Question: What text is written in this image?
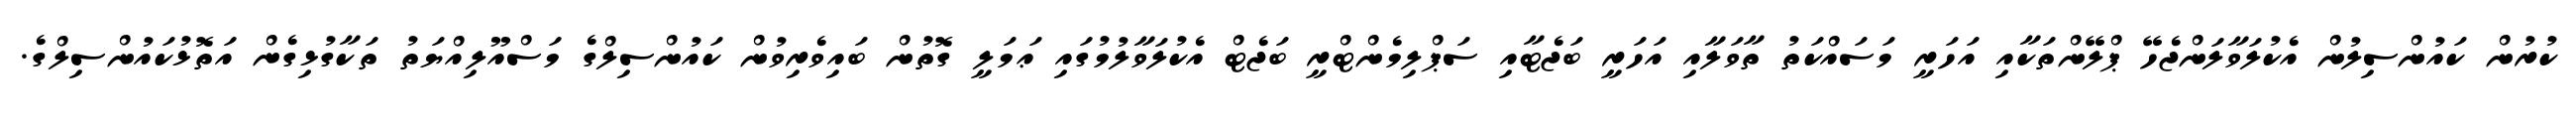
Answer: ކުރުން ކައުންސިލުން އެކުލަވާލަންޖެހޭ ޕްލޭންތަކާއި އަހަރީ މަސައްކަތު ތާވަލާއި އަހަރީ ބަޖެޓާއި ސަޕްލިމެންޓްރީ ބަޖެޓް އެކުލަވާލުމުގައި ޢަމަލީ ގޮތުން ބައިވެރިވުން ކައުންސިލްގެ މަސްއޫލިއްޔަތު ތަކާގުޅިގެން އަތޮޅުކައުންސިލްގެ.